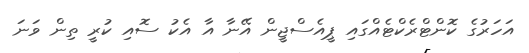
އަހަރުގެ ކޮންޓްރެކްޓެއްގައި ޕީއެސްޖީން އޭނާ އާ އެކު ސޮއި ކުރީ ތިން ވަނަ